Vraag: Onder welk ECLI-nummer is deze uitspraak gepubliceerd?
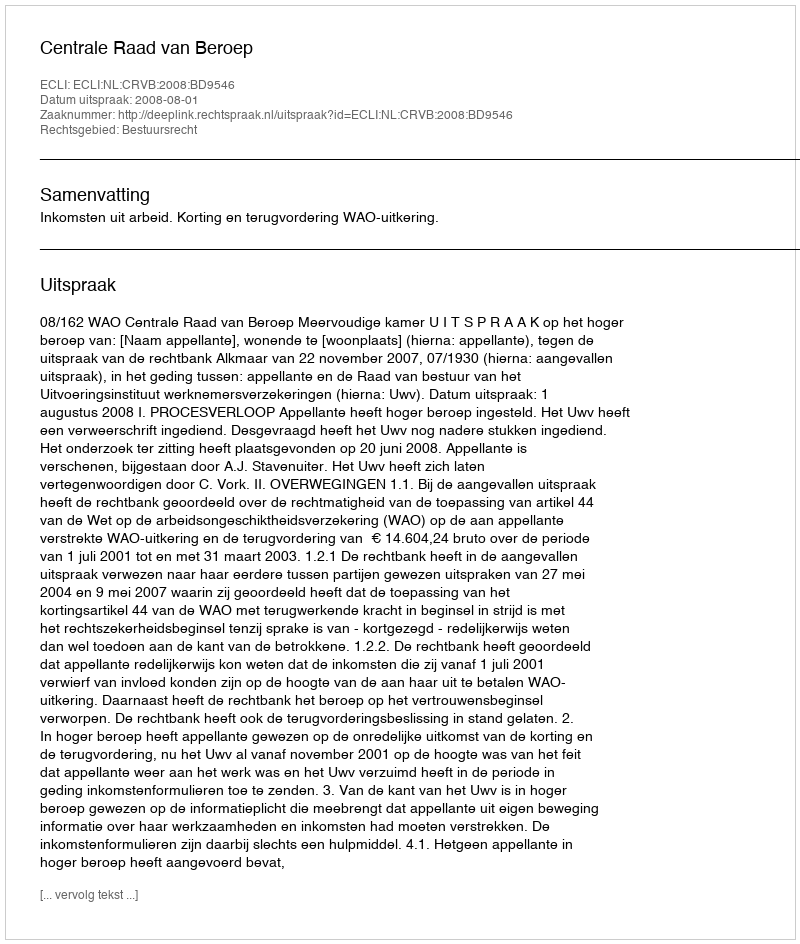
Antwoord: ECLI:NL:CRVB:2008:BD9546